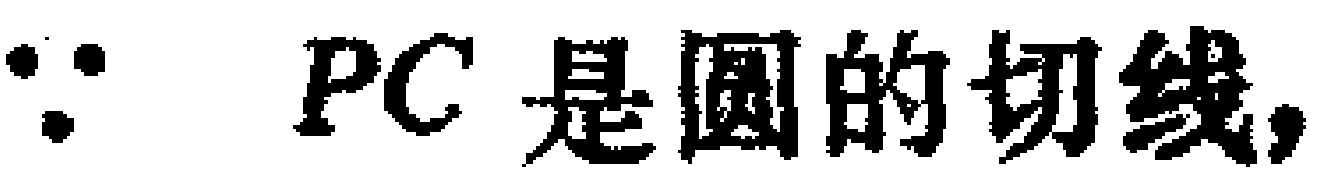
$\because PC\text{ 是圆的切线,}$